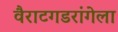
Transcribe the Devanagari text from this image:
वैराटगडरांगेला